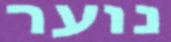
נוער